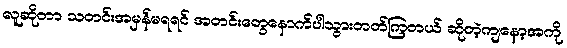
လူဆိုတာ သတင်းအမှန်မရရင် အတင်းတွေနောက်ပါသွားတတ်ကြတယ် ဆိုတဲ့ကျနော့အကို